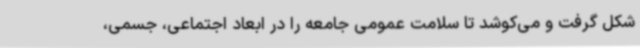
شکل گرفت و می‌کوشد تا سلامت عمومی جامعه را در ابعاد اجتماعی، جسمی،